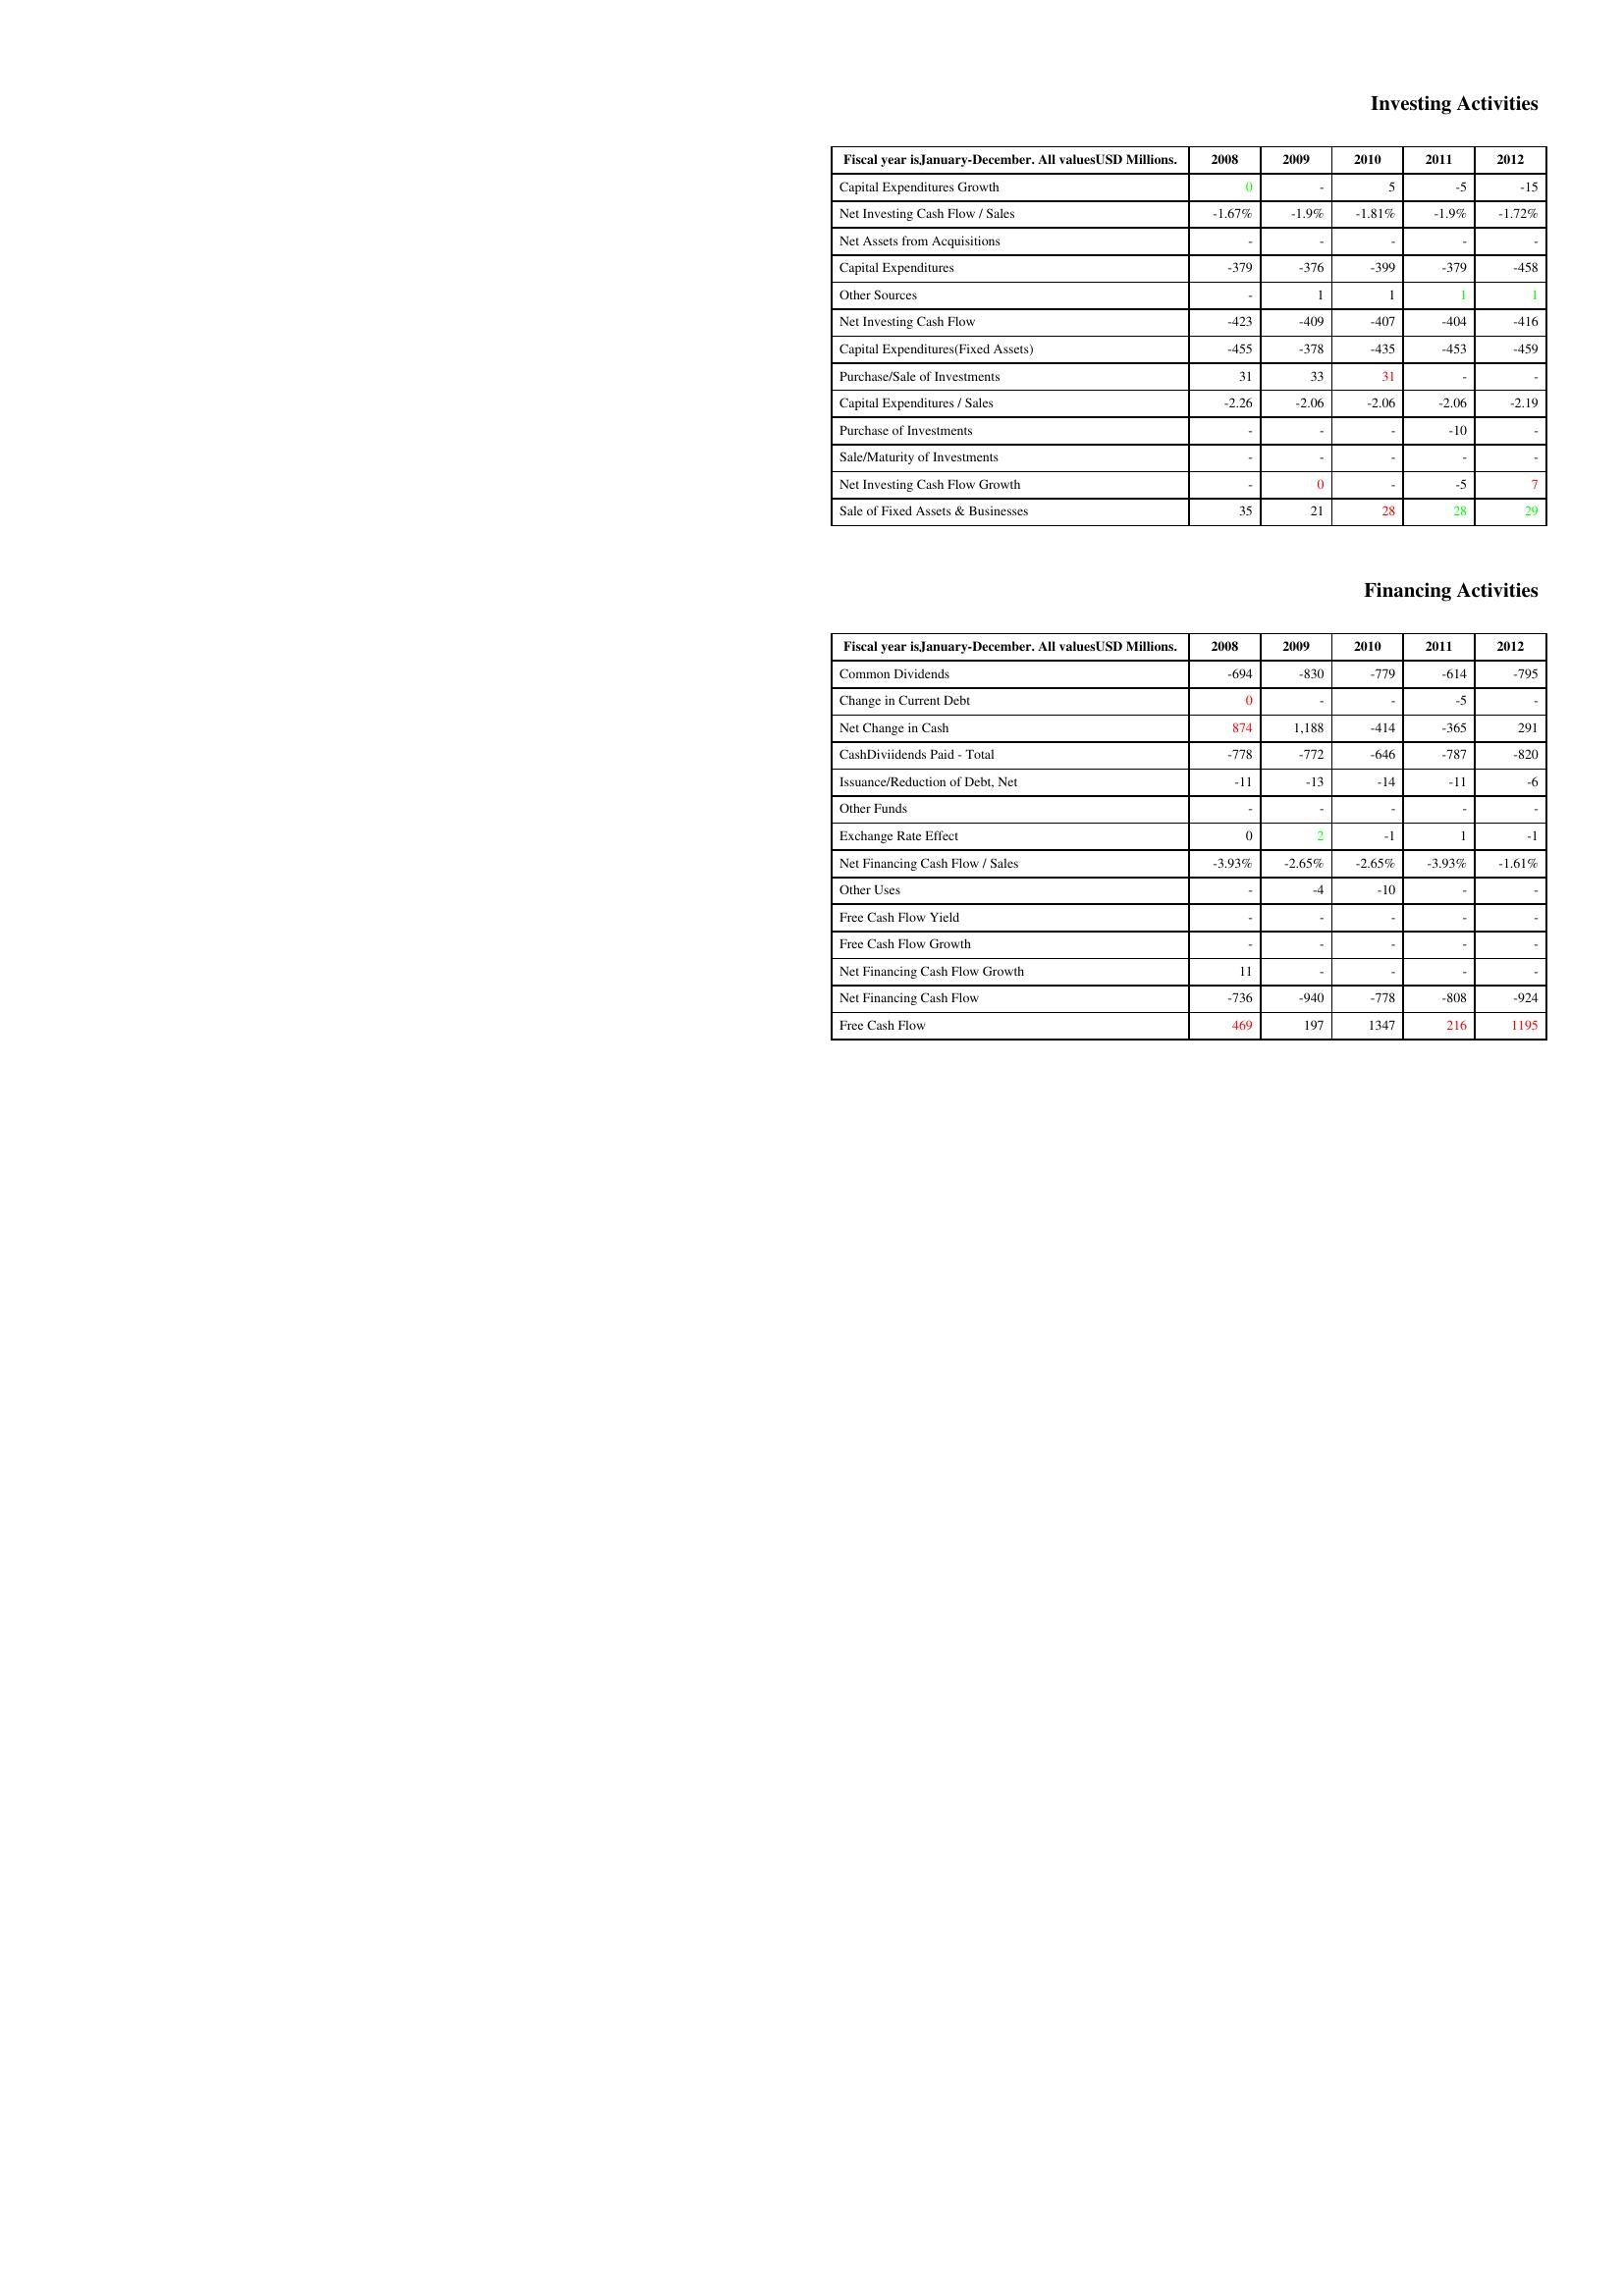
gt_parse: 2008: Investing Activities: Capital Expenditures Growth: 0
Net Investing Cash Flow / Sales: -1.67%
Net Assets from Acquisitions: -
Capital Expenditures: -379
Other Sources: -
Net Investing Cash Flow: -423
Capital Expenditures(Fixed Assets): -455
Purchase/Sale of Investments: 31
Capital Expenditures / Sales: -2.26
Purchase of Investments: -
Sale/Maturity of Investments: -
Net Investing Cash Flow Growth: -
Sale of Fixed Assets & Businesses: 35
Financing Activities: Common Dividends: -694
Change in Current Debt: 0
Net Change in Cash: 874
CashDiviidends Paid - Total: -778
Issuance/Reduction of Debt, Net: -11
Other Funds: -
Exchange Rate Effect: 0
Net Financing Cash Flow / Sales: -3.93%
Other Uses: -
Free Cash Flow Yield: -
Free Cash Flow Growth: -
Net Financing Cash Flow Growth: 11
Net Financing Cash Flow: -736
Free Cash Flow: 469
2009: Investing Activities: Capital Expenditures Growth: -
Net Investing Cash Flow / Sales: -1.9%
Net Assets from Acquisitions: -
Capital Expenditures: -376
Other Sources: 1
Net Investing Cash Flow: -409
Capital Expenditures(Fixed Assets): -378
Purchase/Sale of Investments: 33
Capital Expenditures / Sales: -2.06
Purchase of Investments: -
Sale/Maturity of Investments: -
Net Investing Cash Flow Growth: 0
Sale of Fixed Assets & Businesses: 21
Financing Activities: Common Dividends: -830
Change in Current Debt: -
Net Change in Cash: 1,188
CashDiviidends Paid - Total: -772
Issuance/Reduction of Debt, Net: -13
Other Funds: -
Exchange Rate Effect: 2
Net Financing Cash Flow / Sales: -2.65%
Other Uses: -4
Free Cash Flow Yield: -
Free Cash Flow Growth: -
Net Financing Cash Flow Growth: -
Net Financing Cash Flow: -940
Free Cash Flow: 197
2010: Investing Activities: Capital Expenditures Growth: 5
Net Investing Cash Flow / Sales: -1.81%
Net Assets from Acquisitions: -
Capital Expenditures: -399
Other Sources: 1
Net Investing Cash Flow: -407
Capital Expenditures(Fixed Assets): -435
Purchase/Sale of Investments: 31
Capital Expenditures / Sales: -2.06
Purchase of Investments: -
Sale/Maturity of Investments: -
Net Investing Cash Flow Growth: -
Sale of Fixed Assets & Businesses: 28
Financing Activities: Common Dividends: -779
Change in Current Debt: -
Net Change in Cash: -414
CashDiviidends Paid - Total: -646
Issuance/Reduction of Debt, Net: -14
Other Funds: -
Exchange Rate Effect: -1
Net Financing Cash Flow / Sales: -2.65%
Other Uses: -10
Free Cash Flow Yield: -
Free Cash Flow Growth: -
Net Financing Cash Flow Growth: -
Net Financing Cash Flow: -778
Free Cash Flow: 1347
2011: Investing Activities: Capital Expenditures Growth: -5
Net Investing Cash Flow / Sales: -1.9%
Net Assets from Acquisitions: -
Capital Expenditures: -379
Other Sources: 1
Net Investing Cash Flow: -404
Capital Expenditures(Fixed Assets): -453
Purchase/Sale of Investments: -
Capital Expenditures / Sales: -2.06
Purchase of Investments: -10
Sale/Maturity of Investments: -
Net Investing Cash Flow Growth: -5
Sale of Fixed Assets & Businesses: 28
Financing Activities: Common Dividends: -614
Change in Current Debt: -5
Net Change in Cash: -365
CashDiviidends Paid - Total: -787
Issuance/Reduction of Debt, Net: -11
Other Funds: -
Exchange Rate Effect: 1
Net Financing Cash Flow / Sales: -3.93%
Other Uses: -
Free Cash Flow Yield: -
Free Cash Flow Growth: -
Net Financing Cash Flow Growth: -
Net Financing Cash Flow: -808
Free Cash Flow: 216
2012: Investing Activities: Capital Expenditures Growth: -15
Net Investing Cash Flow / Sales: -1.72%
Net Assets from Acquisitions: -
Capital Expenditures: -458
Other Sources: 1
Net Investing Cash Flow: -416
Capital Expenditures(Fixed Assets): -459
Purchase/Sale of Investments: -
Capital Expenditures / Sales: -2.19
Purchase of Investments: -
Sale/Maturity of Investments: -
Net Investing Cash Flow Growth: 7
Sale of Fixed Assets & Businesses: 29
Financing Activities: Common Dividends: -795
Change in Current Debt: -
Net Change in Cash: 291
CashDiviidends Paid - Total: -820
Issuance/Reduction of Debt, Net: -6
Other Funds: -
Exchange Rate Effect: -1
Net Financing Cash Flow / Sales: -1.61%
Other Uses: -
Free Cash Flow Yield: -
Free Cash Flow Growth: -
Net Financing Cash Flow Growth: -
Net Financing Cash Flow: -924
Free Cash Flow: 1195